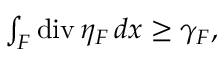
\begin{array} { r } { \int _ { F } \mathrm { d i v } \, \eta _ { F } \, d x \geq \gamma _ { F } , } \end{array}